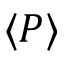
\langle P \rangle